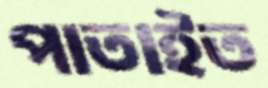
পাতাইত